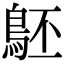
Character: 𪀇